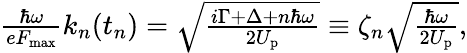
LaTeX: \begin{array}{r}{\frac{\hbar\omega}{eF_{\mathrm{max}}}k_{n}(t_{n})=\sqrt{\frac{i\Gamma+\Delta+n\hbar\omega}{2U_{\mathrm{p}}}}\equiv\zeta_{n}\sqrt{\frac{\hbar\omega}{2U_{\mathrm{p}}}},}\end{array}